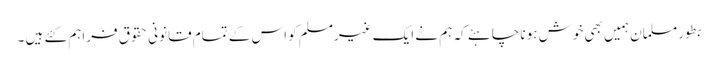
بطور مسلمان ہمیں بھی خوش ہونا چاہئے کہ ہم نے ایک غیرمسلم کو اس کے تمام قانونی حقوق فراہم کئے ہیں ۔